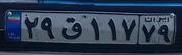
۲۹ق۱۱۷۷۹